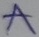
Text: A